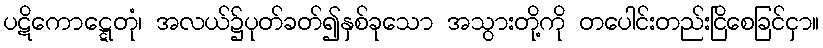
ပဋိကောဋ္ဋေတုံ၊ အလယ်၌ပုတ်ခတ်၍နှစ်ခုသော အသွားတို့ကို တပေါင်းတည်းငြိစေခြင်ငှာ။